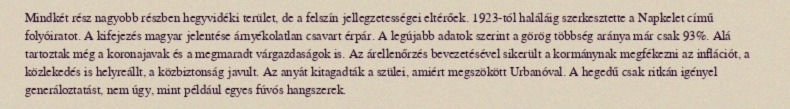
Mindkét rész nagyobb részben hegyvidéki terület, de a felszín jellegzetességei eltérőek. 1923-tól haláláig szerkesztette a Napkelet című folyóiratot. A kifejezés magyar jelentése árnyékolatlan csavart érpár. A legújabb adatok szerint a görög többség aránya már csak 93%. Alá tartoztak még a koronajavak és a megmaradt várgazdaságok is. Az árellenőrzés bevezetésével sikerült a kormánynak megfékezni az inflációt, a közlekedés is helyreállt, a közbiztonság javult. Az anyát kitagadták a szülei, amiért megszökött Urbanóval. A hegedű csak ritkán igényel generáloztatást, nem úgy, mint például egyes fúvós hangszerek.